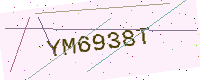
Text: YM6938T